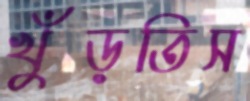
খুঁড়তিস